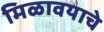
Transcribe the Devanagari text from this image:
मिळावयाचे